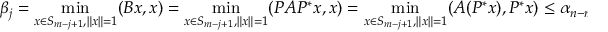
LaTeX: \beta _ { j } = \operatorname* { m i n } _ { x \in S _ { m - j + 1 } , \| x \| = 1 } ( B x , x ) = \operatorname* { m i n } _ { x \in S _ { m - j + 1 } , \| x \| = 1 } ( P A P ^ { * } x , x ) = \operatorname* { m i n } _ { x \in S _ { m - j + 1 } , \| x \| = 1 } ( A ( P ^ { * } x ) , P ^ { * } x ) \leq \alpha _ { n - m + j } ,